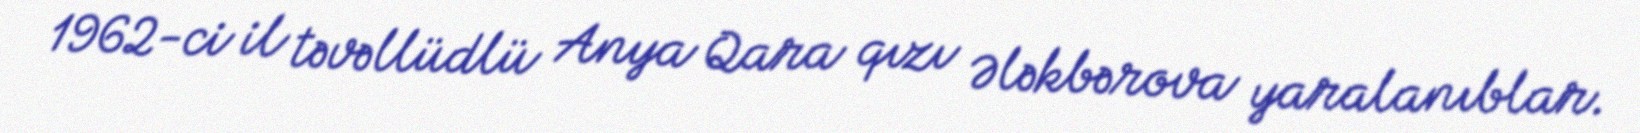
1962-ci il təvəllüdlü Anya Qara qızı Ələkbərova yaralanıblar.